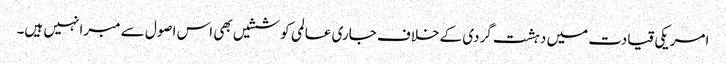
امریکی قیادت میں دہشت گردی کے خلاف جاری عالمی کوششیں بھی اس اصول سے مبرا نہیں ہیں۔